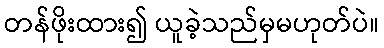
တန်ဖိုးထား၍ ယူခဲ့သည်မှမဟုတ်ပဲ။